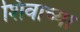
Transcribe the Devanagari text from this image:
शिवाच्या